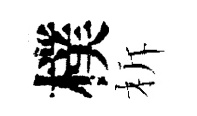
樸柝